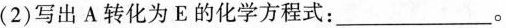
(2)写出A转化为E的化学方程式：_________。